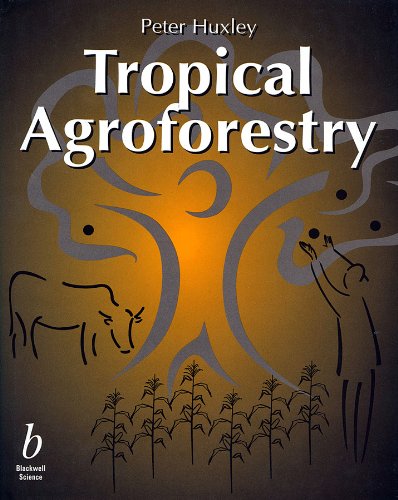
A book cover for Tropical Agroforestry; Peter Huxley; Science & Math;